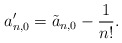
\begin{align*} a'_{n,0}=\tilde{a}_{n,0}-\frac{1}{n!}.\end{align*}